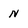
Character: N